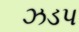
ઝડપ